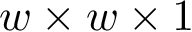
w \times w \times 1